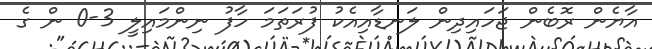
އާޔެން ރޮބެން ޖަހައިދިން ލަނޑާއިއެކު ފުރަތަމަ ހާފު ނިންމައިލީ 3-0 ން ގެ